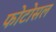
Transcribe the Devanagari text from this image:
फोटोसल